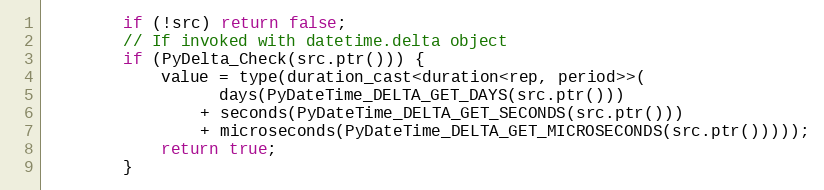
Language: C
        if (!src) return false;
        // If invoked with datetime.delta object
        if (PyDelta_Check(src.ptr())) {
            value = type(duration_cast<duration<rep, period>>(
                  days(PyDateTime_DELTA_GET_DAYS(src.ptr()))
                + seconds(PyDateTime_DELTA_GET_SECONDS(src.ptr()))
                + microseconds(PyDateTime_DELTA_GET_MICROSECONDS(src.ptr()))));
            return true;
        }